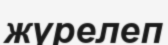
жүрелеп